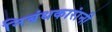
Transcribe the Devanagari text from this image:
निबंधकारांनी